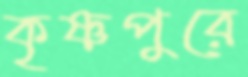
কৃষ্ণপুরে